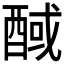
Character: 𰼊